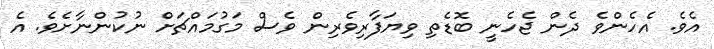
އެވެ. އެހެންވެ ދެން ޖެހެނީ ބޮޑެތި ވިޔަފާރިވެރިން ވެސް މަގުމައްޗަށް ނުކުންނާށެވެ. އެ